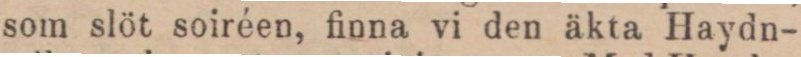
som slöt soiréen, finna vi den äkta Haydn-